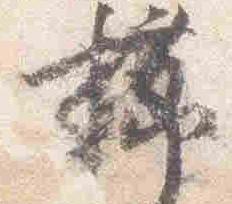
櫛